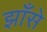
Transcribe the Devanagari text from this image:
झाँसे